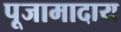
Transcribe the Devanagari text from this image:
पूजामादाय